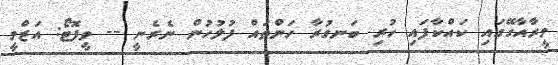
މީރާއާގޭގައި ކައްކާފައި ހުރި ބަނގުރާ ހަންތައް ފުލުހުން ނެރެނީ -- ވީފޮޓޯ: އަޒްމީ